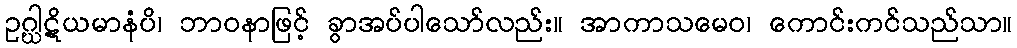
ဥဂ္ဃါဋိယမာနံပိ၊ ဘာဝနာဖြင့် ခွာအပ်ပါသော်လည်း။ အာကာသမေဝ၊ ကောင်းကင်သည်သာ။